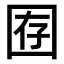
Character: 𫭇